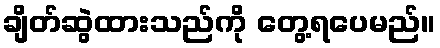
ချိတ်ဆွဲထားသည်ကို တွေ့ရပေမည်။